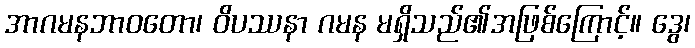
အာဂမနဘာဝတော၊ ဝိပဿနာ ဂမန မရှိသည်၏အဖြစ်ကြောင့်။ ဒွေ၊